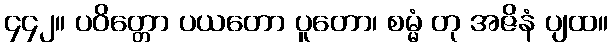
၄၄၂။ ပဝိတ္တော ပယတော ပူတော၊ စမ္မံ တု အဇိနံ ပျထ။